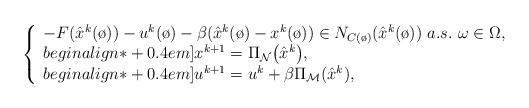
LaTeX: \begin{align*}\left\{\begin{array}{l}-F(\hat x^k(\o))-u^k(\o)-\beta(\hat x^k(\o)-x^k(\o))\in N_{C(\o)}(\hat x^k(\o))\ a.s.~\omega\in\Omega,\\begin{align*}+0.4em]x^{k+1}=\Pi_{\mathcal{N}}\big(\hat{x}^{k}\big),\\begin{align*}+0.4em]u^{k+1}=u^{k}+\beta\Pi_\mathcal{M}(\hat x^k),\end{array}\right.\end{align*}